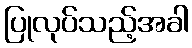
ပြုလုပ်သည့်အခါ